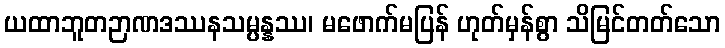
ယထာဘူတဉာဏဒဿနသမ္ပန္နဿ၊ မဖောက်မပြန် ဟုတ်မှန်စွာ သိမြင်တတ်သော